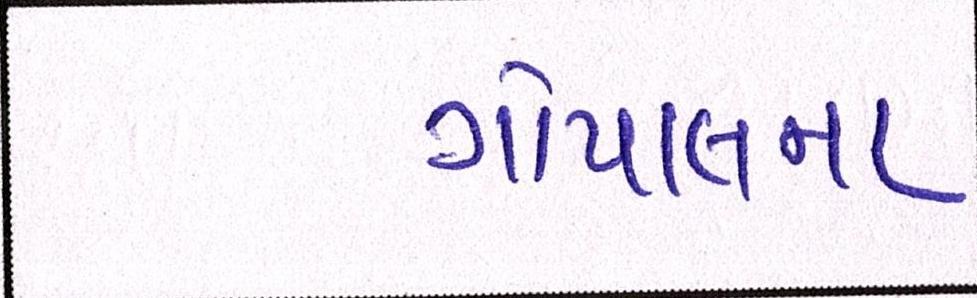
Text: ગોપાલના